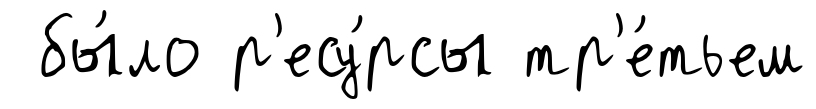
бы́ло р'есу́рсы тр'е́тьем